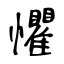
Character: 懼